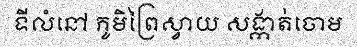
ទីលំនៅ ភូមិព្រៃស្វាយ សង្កាត់ចោម